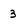
Character: 3